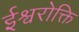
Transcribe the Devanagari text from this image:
ईश्वरोक्ति